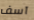
آسف